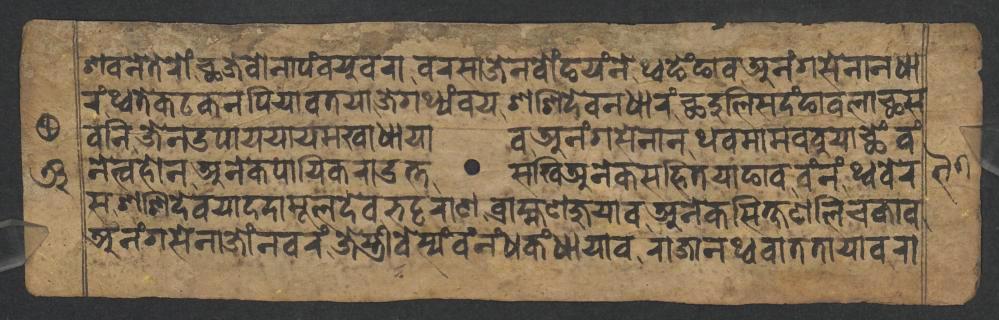
𑐱𑐰𑐣𑐾𑐟𑐾𑐬𑑀𑑄𑐕𑐖𑐾𑐰𑑀𑐣𑐵𑐥𑑄𑐰𑐫𑐸𑐰𑐬𑐵𑐰𑐬𑐳𑐵𑐖𑐾𑐣𑐧𑑀𑑄𑐒𑐫𑑄𑐣𑐾𑐠𑑂𑐰𑐒𑐾𑑄𑐒𑐵𑐰𑐀𑐣𑑄𑐐𑐳𑐾𑐣𑐵𑐣𑐢𑐵 𑐬𑑄𑐠𑑂𑐰𑐟𑐾𑐎𑐚𑐎𑐣𑐥𑐶𑐫𑐵𑐰𑐟𑐫𑐵𑐖𑐾𑐐𑐠𑑂𑐫𑑄𑐰𑐫𑐱𑐱𑐶𑐡𑐾𑐰𑐣𑑂𑐢𑐵𑐬𑑄𑐕𑐡𑐸𑐮𑐶𑐳𑐡𑑄𑐒𑐵𑐰𑐮𑐵𑐕𑐳 𑐰𑐣𑐶𑐖𑐾𑐣𑑁𑐥𑐵𑐫𑐫𑐵𑐫𑐩𑐏𑐵𑐢𑐵𑐫𑐵𑐰𑐀𑐣𑑄𑐐𑐳𑐾𑐣𑐵𑐣𑐠𑐰𑐩𑐵𑐩𑐧𑐧𑐸𑐫𑐵𑐕𑐾𑑄𑐰𑑄 𑐣𑐾𑐟𑑂𑐰𑐴𑑀𑐣𑐀𑐣𑐾𑐎𑐥𑐵𑐫𑐶𑐎𑐬𑐵𑐄𑐟𑑂𑐟𑐳𑐏𑐶𑐀𑐣𑐾𑐎𑐳𑐴𑐶𑐟𑐫𑐵𑐒𑐵𑐰𑐰𑑄𑐣𑑄𑐠𑑂𑐰𑐧𑐾𑐬 𑐳𑐱𑐱𑐶𑐡𑐾𑐰𑐫𑐵𑐡𑐡𑐵𑐩𑐹𑐮𑐡𑐾𑐰𑐨𑐚𑑂𑐚𑐬𑐵𑐞𑐧𑑂𑐬𑐵𑐴𑑂𑐩𑐞𑐖𑐸𑐫𑐵𑐰𑐀𑐣𑐾𑐎𑐳𑐶𑐎𑑂𑐲𑐞𑐮𑐶𑐔𑐎𑐵𑐰 𑐀𑐣𑑄𑐐𑐳𑐾𑐣𑐵𑐖𑑀𑑄𑐣𑐰𑐬𑑄𑐖𑐾𑐳𑑂𑐟𑑂𑐬𑐷𑐧𑐾𑐳𑑂𑐫𑑄𑐰𑑄𑐣𑑄𑐢𑐎𑑄𑐢𑐵𑐫𑐵𑐰𑐬𑐵𑐖𑐵𑐣𑐠𑑂𑐰𑐰𑐵𑐟𑐟𑐵𑐫𑐵𑐰𑐬𑐵